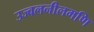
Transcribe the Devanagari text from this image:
उज्वलनीलमणि